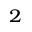
^ 2